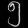
Digit: ၅